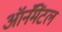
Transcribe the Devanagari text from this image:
ऑर्नॅमेंटल